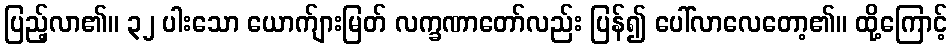
ပြည့်လာ၏။ ၃၂ ပါးသော ယောက်ျားမြတ် လက္ခဏာတော်လည်း ပြန်၍ ပေါ်လာလေတော့၏။ ထို့ကြောင့်